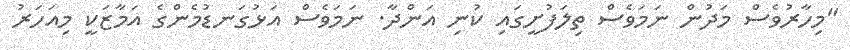
"މިހާރުވެސް މަދުން ނަމަވެސް ތިލަފުށީގައި ކުނި އަންދާ. ނަމަވެސް އަޅުގަނޑުމެންގެ އަމާޒަކީ މިއަހަރު